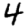
Digit: 4